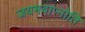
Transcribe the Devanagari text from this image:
जयमवाप्नोति